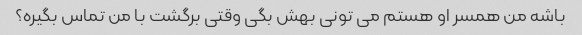
باشه من همسر او هستم می تونی بهش بگی وقتی برگشت با من تماس بگیره؟